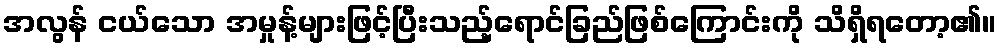
အလွန် ငယ်သော အမှုန့်များဖြင့်ပြီးသည့်ရောင်ခြည်ဖြစ်ကြောင်းကို သိရှိရတော့၏။